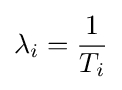
\lambda _{i}={1 \over T_{i}}